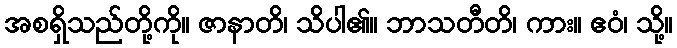
အစရှိသည်တို့ကို။ ဇာနာတိ၊ သိပါ၏။ ဘာသတီတိ၊ ကား။ ဧဝံ၊ သို့။